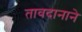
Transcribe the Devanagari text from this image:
तावदानाने